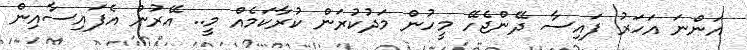
އަންނަ އަހަރު ފައިސާ ދޭންޖެހޭ މީހުން މަދުކުރަން ކުރާކަމެއް މީ.. އޭރުން އެފައިސާއިން